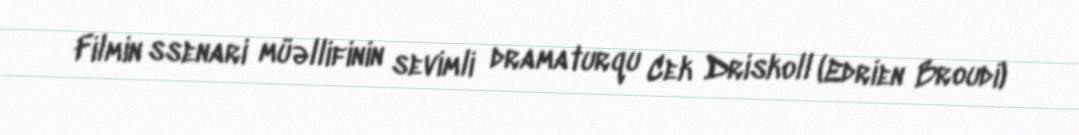
Filmin ssenari müəllifinin sevimli dramaturqu Cek Driskoll (Edrien Broudi)